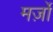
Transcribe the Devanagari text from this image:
मर्ज़ों